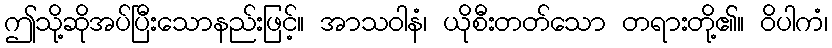
ဤသို့ဆိုအပ်ပြီးသောနည်းဖြင့်။ အာသဝါနံ၊ ယိုစီးတတ်သော တရားတို့၏။ ဝိပါကံ၊